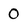
Character: 0